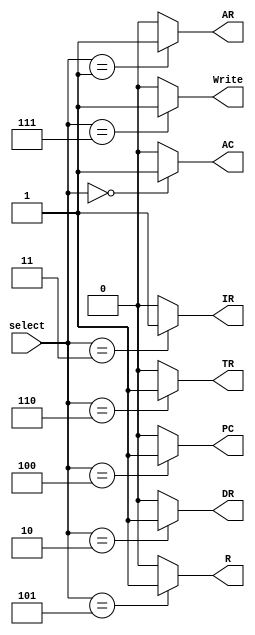
module WriteIncMux(select,AC,AR,DR,IR,PC,R,TR,Write);
input [2:0] select;
output AC,AR,IR,PC,R,DR,TR,Write;
reg AC,AR,IR,PC,R,DR,TR,Write;
parameter ac=3'b000, ar= 3'b001, dr=3'b010, ir=3'b011, pc=3'b100, r=3'b101,tr=3'b110 , ra = 3'b111;
	always @(select)
		
		begin
			AC<=0; AR<=0; IR<=0; PC<=0; R<=0; TR<=0; DR <= 0; TR<=0 ; Write<=0;
			case (select)
				ac: AC <= 1;
				ar: AR <= 1;
				ir: IR <= 1;
				pc: PC <= 1;
				r : R  <= 1;
				tr: TR <= 1;
				dr: DR <= 1;
				ra: Write <= 1; 
			endcase
		end
endmodule